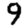
Digit: 9